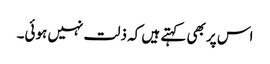
اس پر بھی کہتے ہیں کہ ذلت نہیں ہوئی۔